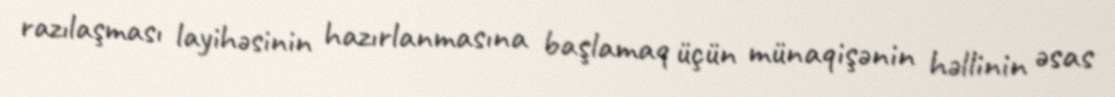
razılaşması layihəsinin hazırlanmasına başlamaq üçün münaqişənin həllinin əsas